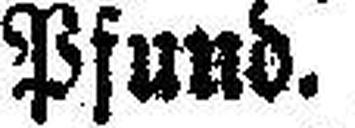
Pfund.